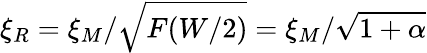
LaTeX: \xi_{R}=\xi_{M}/\sqrt{F(W/2)}=\xi_{M}/\sqrt{1+\alpha}